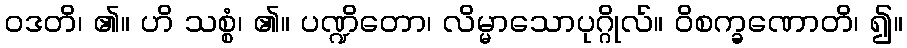
ဝဒတိ၊ ၏။ ဟိ သစ္စံ၊ ၏။ ပဏ္ဍိတော၊ လိမ္မာသောပုဂ္ဂိုလ်။ ဝိစက္ခဏောတိ၊ ၍။